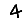
Digit: 4